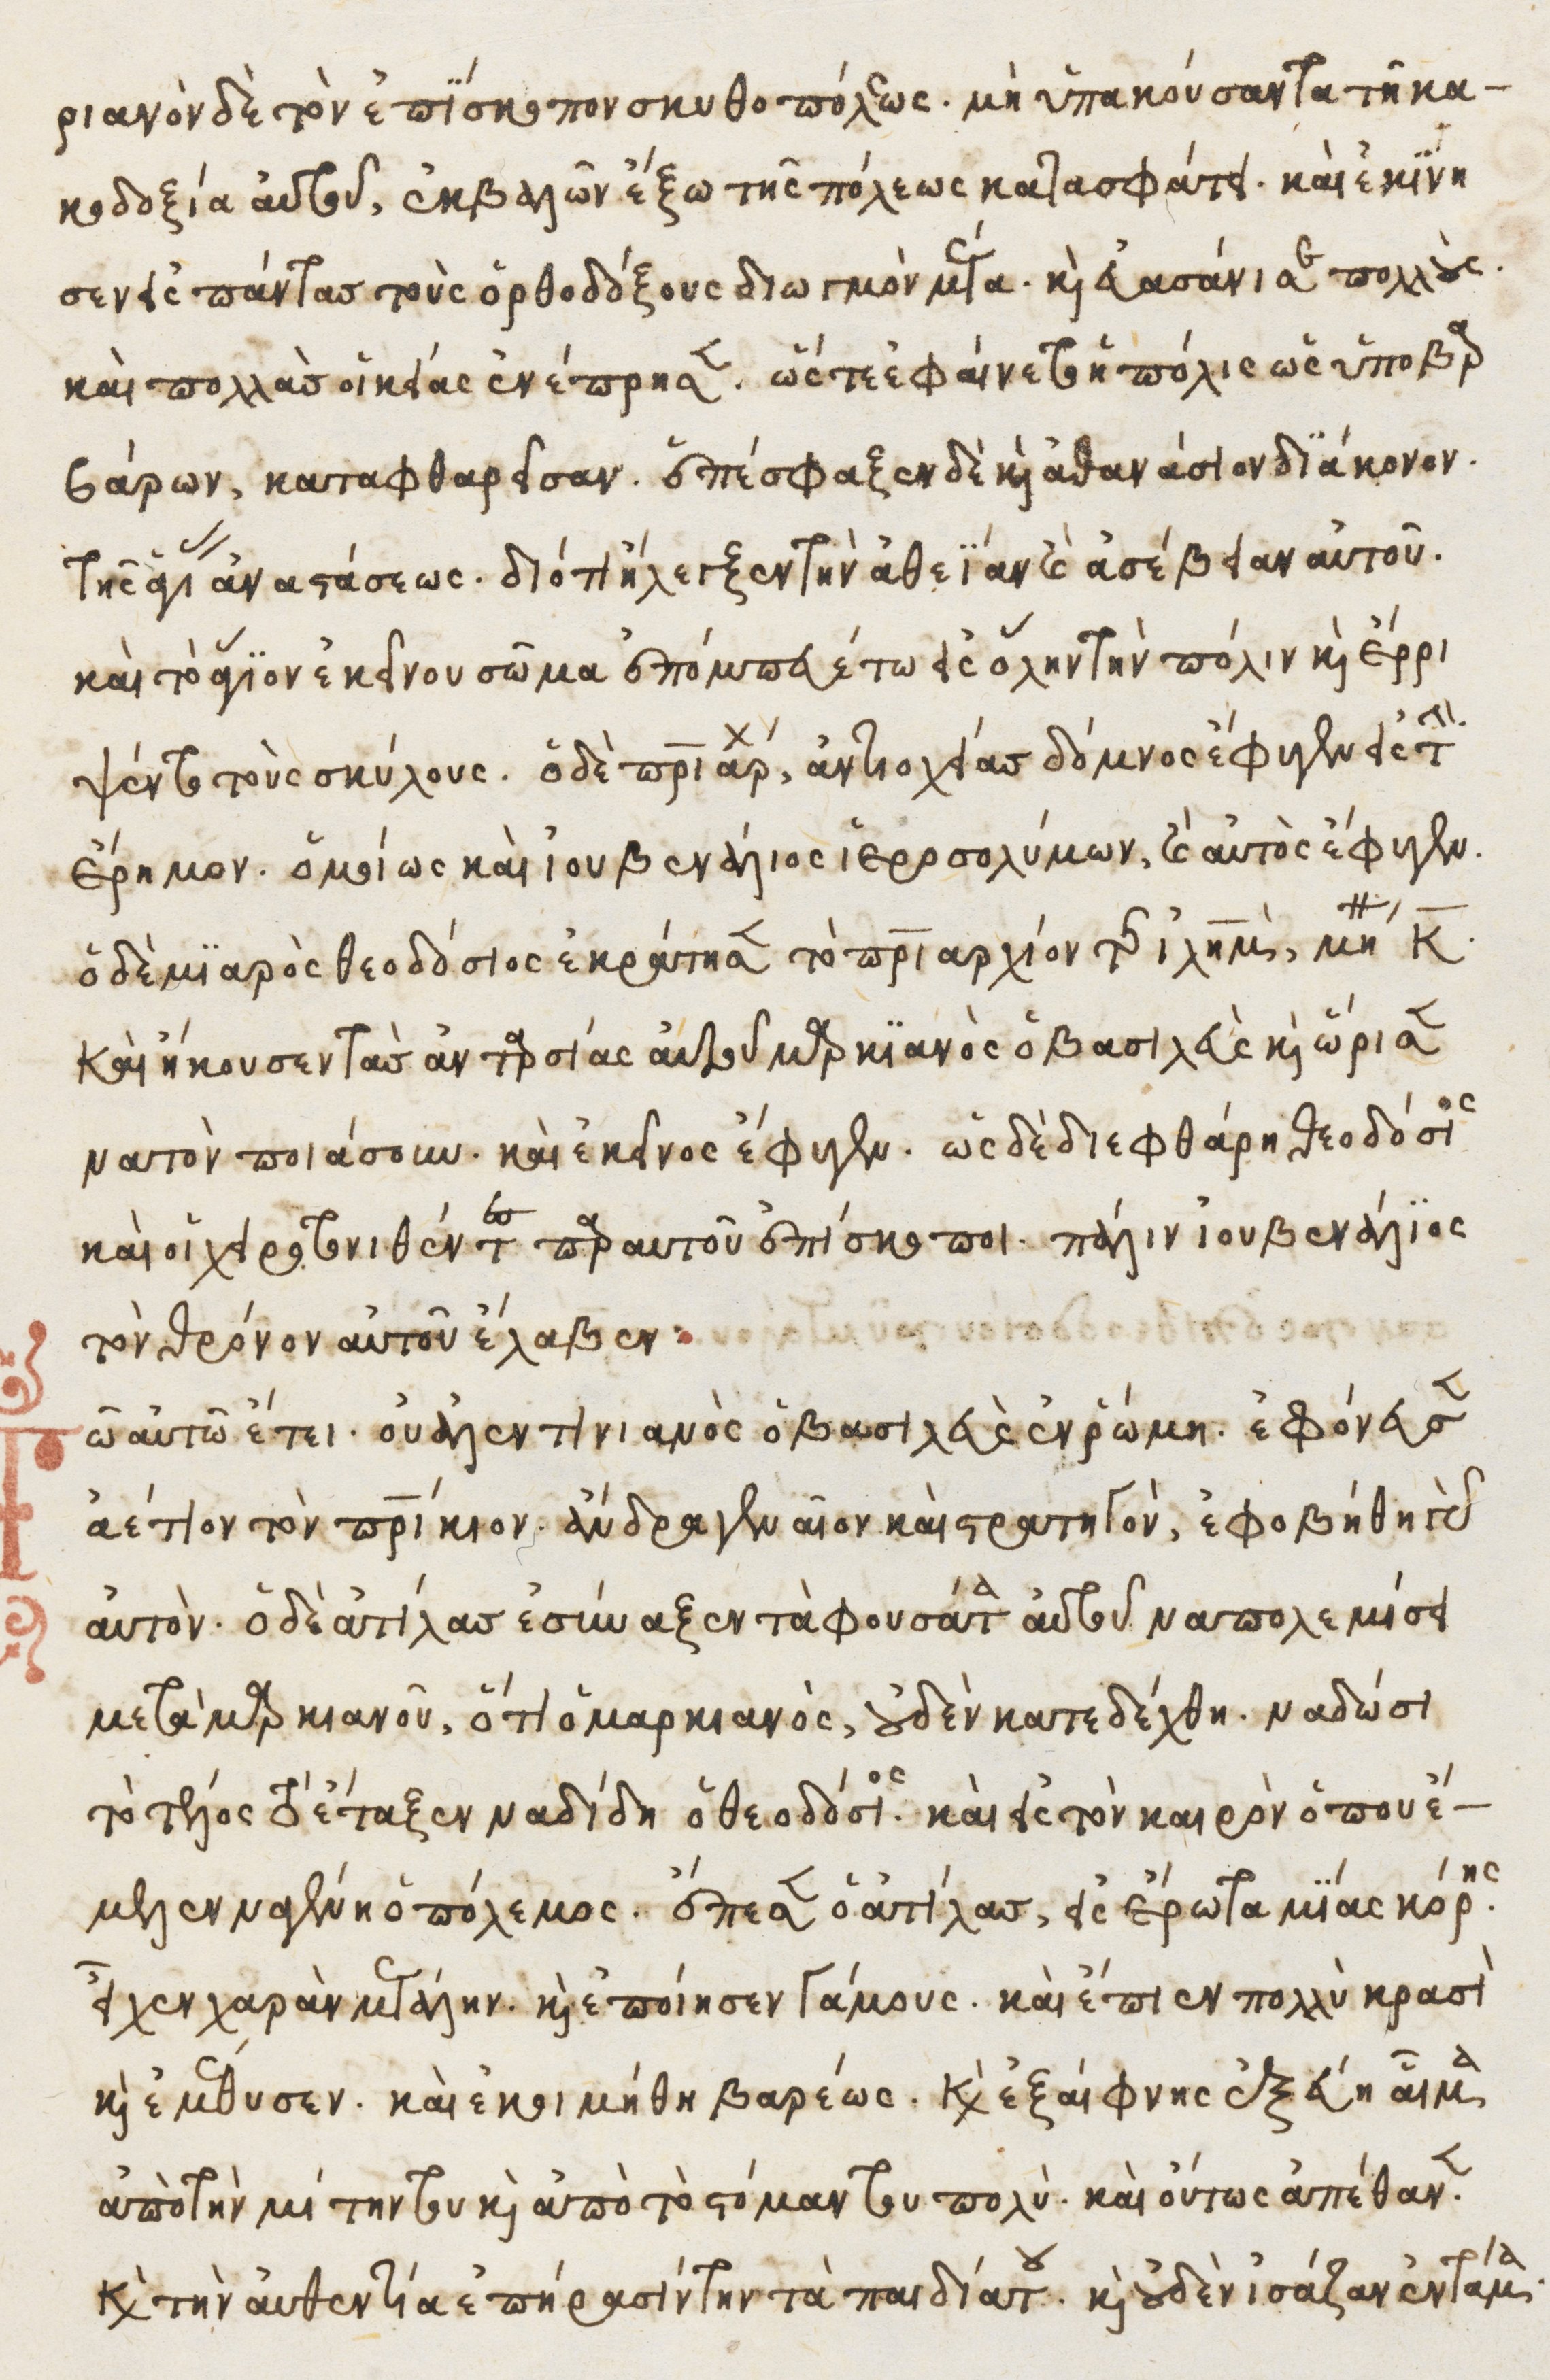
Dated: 1525–1549